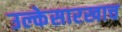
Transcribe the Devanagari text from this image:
उल्केसारखाच